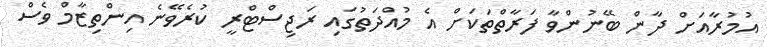
އުމުރާއަށް ދާން ބޭނުންވާ ފަރާތްތަކަށް އެ މުއްދަތުގައި ރަޖިސްޓްރީ ކުރެވޭނެ އިންތިޒާމް ވެސް